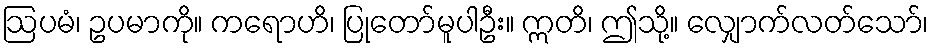
ဩပမံ၊ ဥပမာကို။ ကရောဟိ၊ ပြုတော်မူပါဦး။ ဣတိ၊ ဤသို့။ လျှောက်လတ်သော်၊